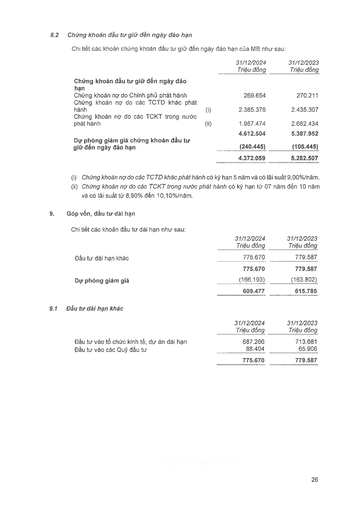
||31/12/2024 Triệu đồng|31/12/2023 Triệu đồng| |---|---|---| |Chứng khoán đầu tư giữ đến ngày đáo hạn||| |Chứng khoán nợ do Chính phủ phát hành|269.654|270.211| |Chứng khoán nợ do các TCTD khác phát hành (i)|2.385.376|2.435.307| |Chứng khoán nợ do các TCKT trong nước phát hành (ii)|1.957.474|2.682.434| ||4.612.504|5.387.952| |Dự phòng giảm giá chứng khoán đầu tư giữ đến ngày đáo hạn|(240.445)|(105.445)| ||4.372.059|5.282.507| ||31/12/2024|31/12/2023| |---|---|---| ||Triệu đồng|Triệu đồng| |Đầu tư dài hạn khác|775.670|779.587| ||775.670|779.587| |Dự phòng giảm giá|(166.193)|(163.802)| ||609.477|615.785| ||31/12/2024 Triệu đồng|31/12/2023 Triệu đồng| |---|---|---| |Đầu tư vào tổ chức kinh tế, dự án dài hạn|687.266|713.681| |Đầu tư vào các Quỹ đầu tư|88.404|65.906| ||775.670|779.587|